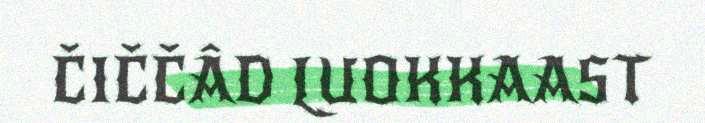
ČIČČÂD LUOKKAAST